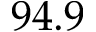
9 4 . 9